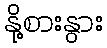
နို့စားနွား